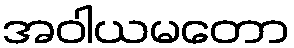
အဝါယမတော